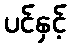
ပင်နှင့်